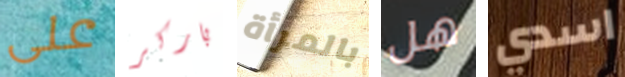
على باركر بالمرأة هل اسدي